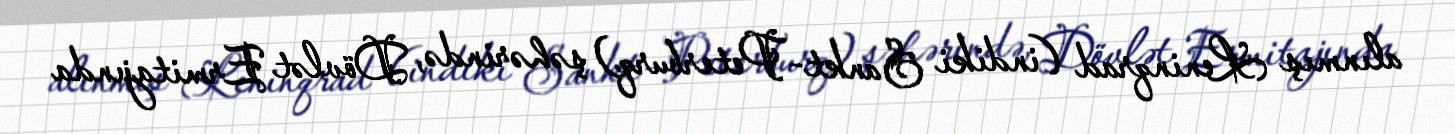
alınmış Leninqrad (indiki Sankt-Peterburq) şəhərində, Dövlət Ermitajında